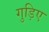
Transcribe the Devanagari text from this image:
गुड़िए